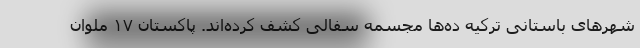
شهرهای باستانی ترکیه ده‌ها مجسمه سفالی کشف کرده‌اند. پاکستان ۱۷ ملوان